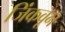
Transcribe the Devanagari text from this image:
जिंकवून